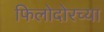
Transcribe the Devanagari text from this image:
फिलोदोरच्या